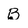
Character: B